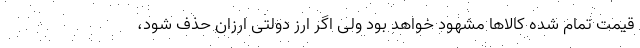
قیمت تمام شده کالاها مشهود خواهد بود ولی اگر ارز دولتی ارزان حذف شود،